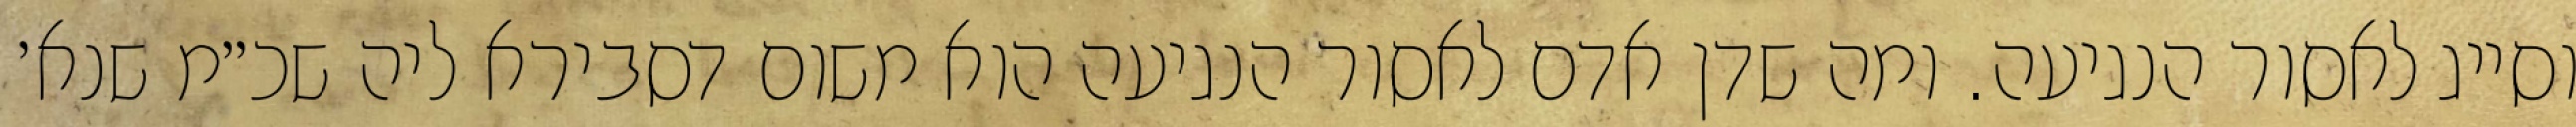
וסייג לאסור הנגיעה. ומה שדן אדם לאסור הנגיעה הוא משום דסבירא ליה שכ״מ שנא׳